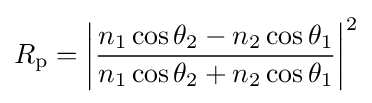
R_{\mathrm {p} }=\left|{\frac {n_{1}\cos \theta _{2}-n_{2}\cos \theta _{1}}{n_{1}\cos \theta _{2}+n_{2}\cos \theta _{1}}}\right|^{2}